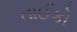
તાઈકો